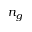
n _ { g }